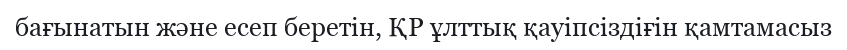
бағынатын және есеп беретін, ҚР ұлттық қауіпсіздіғін қамтамасыз